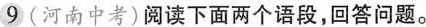
9（河南中考）阅读下面两个语段，回答问题。